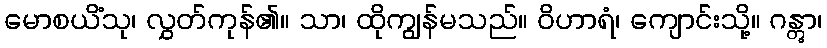
မောစယိံသု၊ လွှတ်ကုန်၏။ သာ၊ ထိုကျွန်မသည်။ ဝိဟာရံ၊ ကျောင်းသို့။ ဂန္တွာ၊